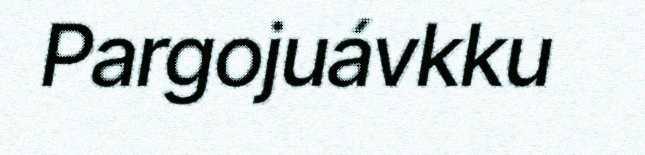
Pargojuávkku